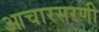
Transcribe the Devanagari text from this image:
आचारसरणी